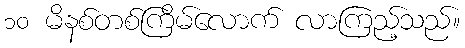
၁၀ မိနစ်တစ်ကြိမ်လောက် လာကြည့်သည်။